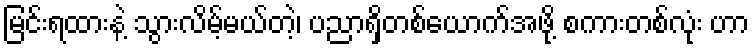
မြင်းရထားနဲ့ သွားလိမ့်မယ်တဲ့၊ ပညာရှိတစ်ယောက်အဖို့ စကားတစ်လုံး ဟာ